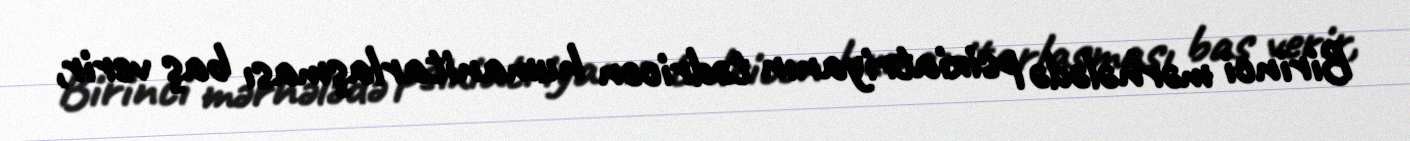
Birinci mərhələdə psixiatriyanın tədricən humanitarlaşması baş verir,